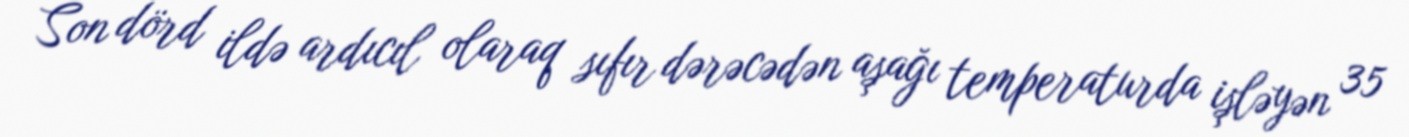
Son dörd ildə ardıcıl olaraq sıfır dərəcədən aşağı temperaturda işləyən 35